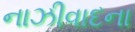
નાઝીવાદના